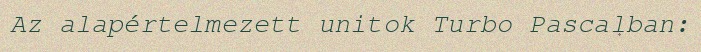
Az alapértelmezett unitok Turbo Pascalban: